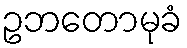
ဥဘတောမုခံ